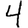
Digit: 4